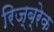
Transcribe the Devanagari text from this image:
रिज्ब्रेक